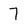
Character: 7